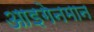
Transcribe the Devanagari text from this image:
आइगेनमान